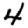
Digit: 4